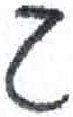
אות: ג